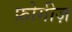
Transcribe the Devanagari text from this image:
फ्रोगीज़